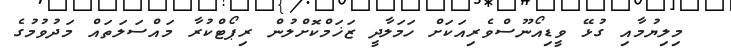
މިލިޔުމާއި ގުޅޭ ވީޑިއޯނޫސްވެރިއަކަށް ހަމަލާދީ ޒަޚަމްކޮށްލުން ރިޕޯޓްކުރާ މައްސަލަތައް މަދުވުމުގެ